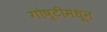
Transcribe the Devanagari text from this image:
गोष्टीमधून